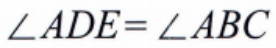
\(\angle ADE = \angle ABC\)